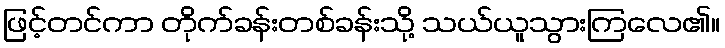
ဖြင့်တင်ကာ တိုက်ခန်းတစ်ခန်းသို့ သယ်ယူသွားကြလေ၏။